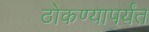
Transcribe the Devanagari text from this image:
ठोकण्यापर्यंत